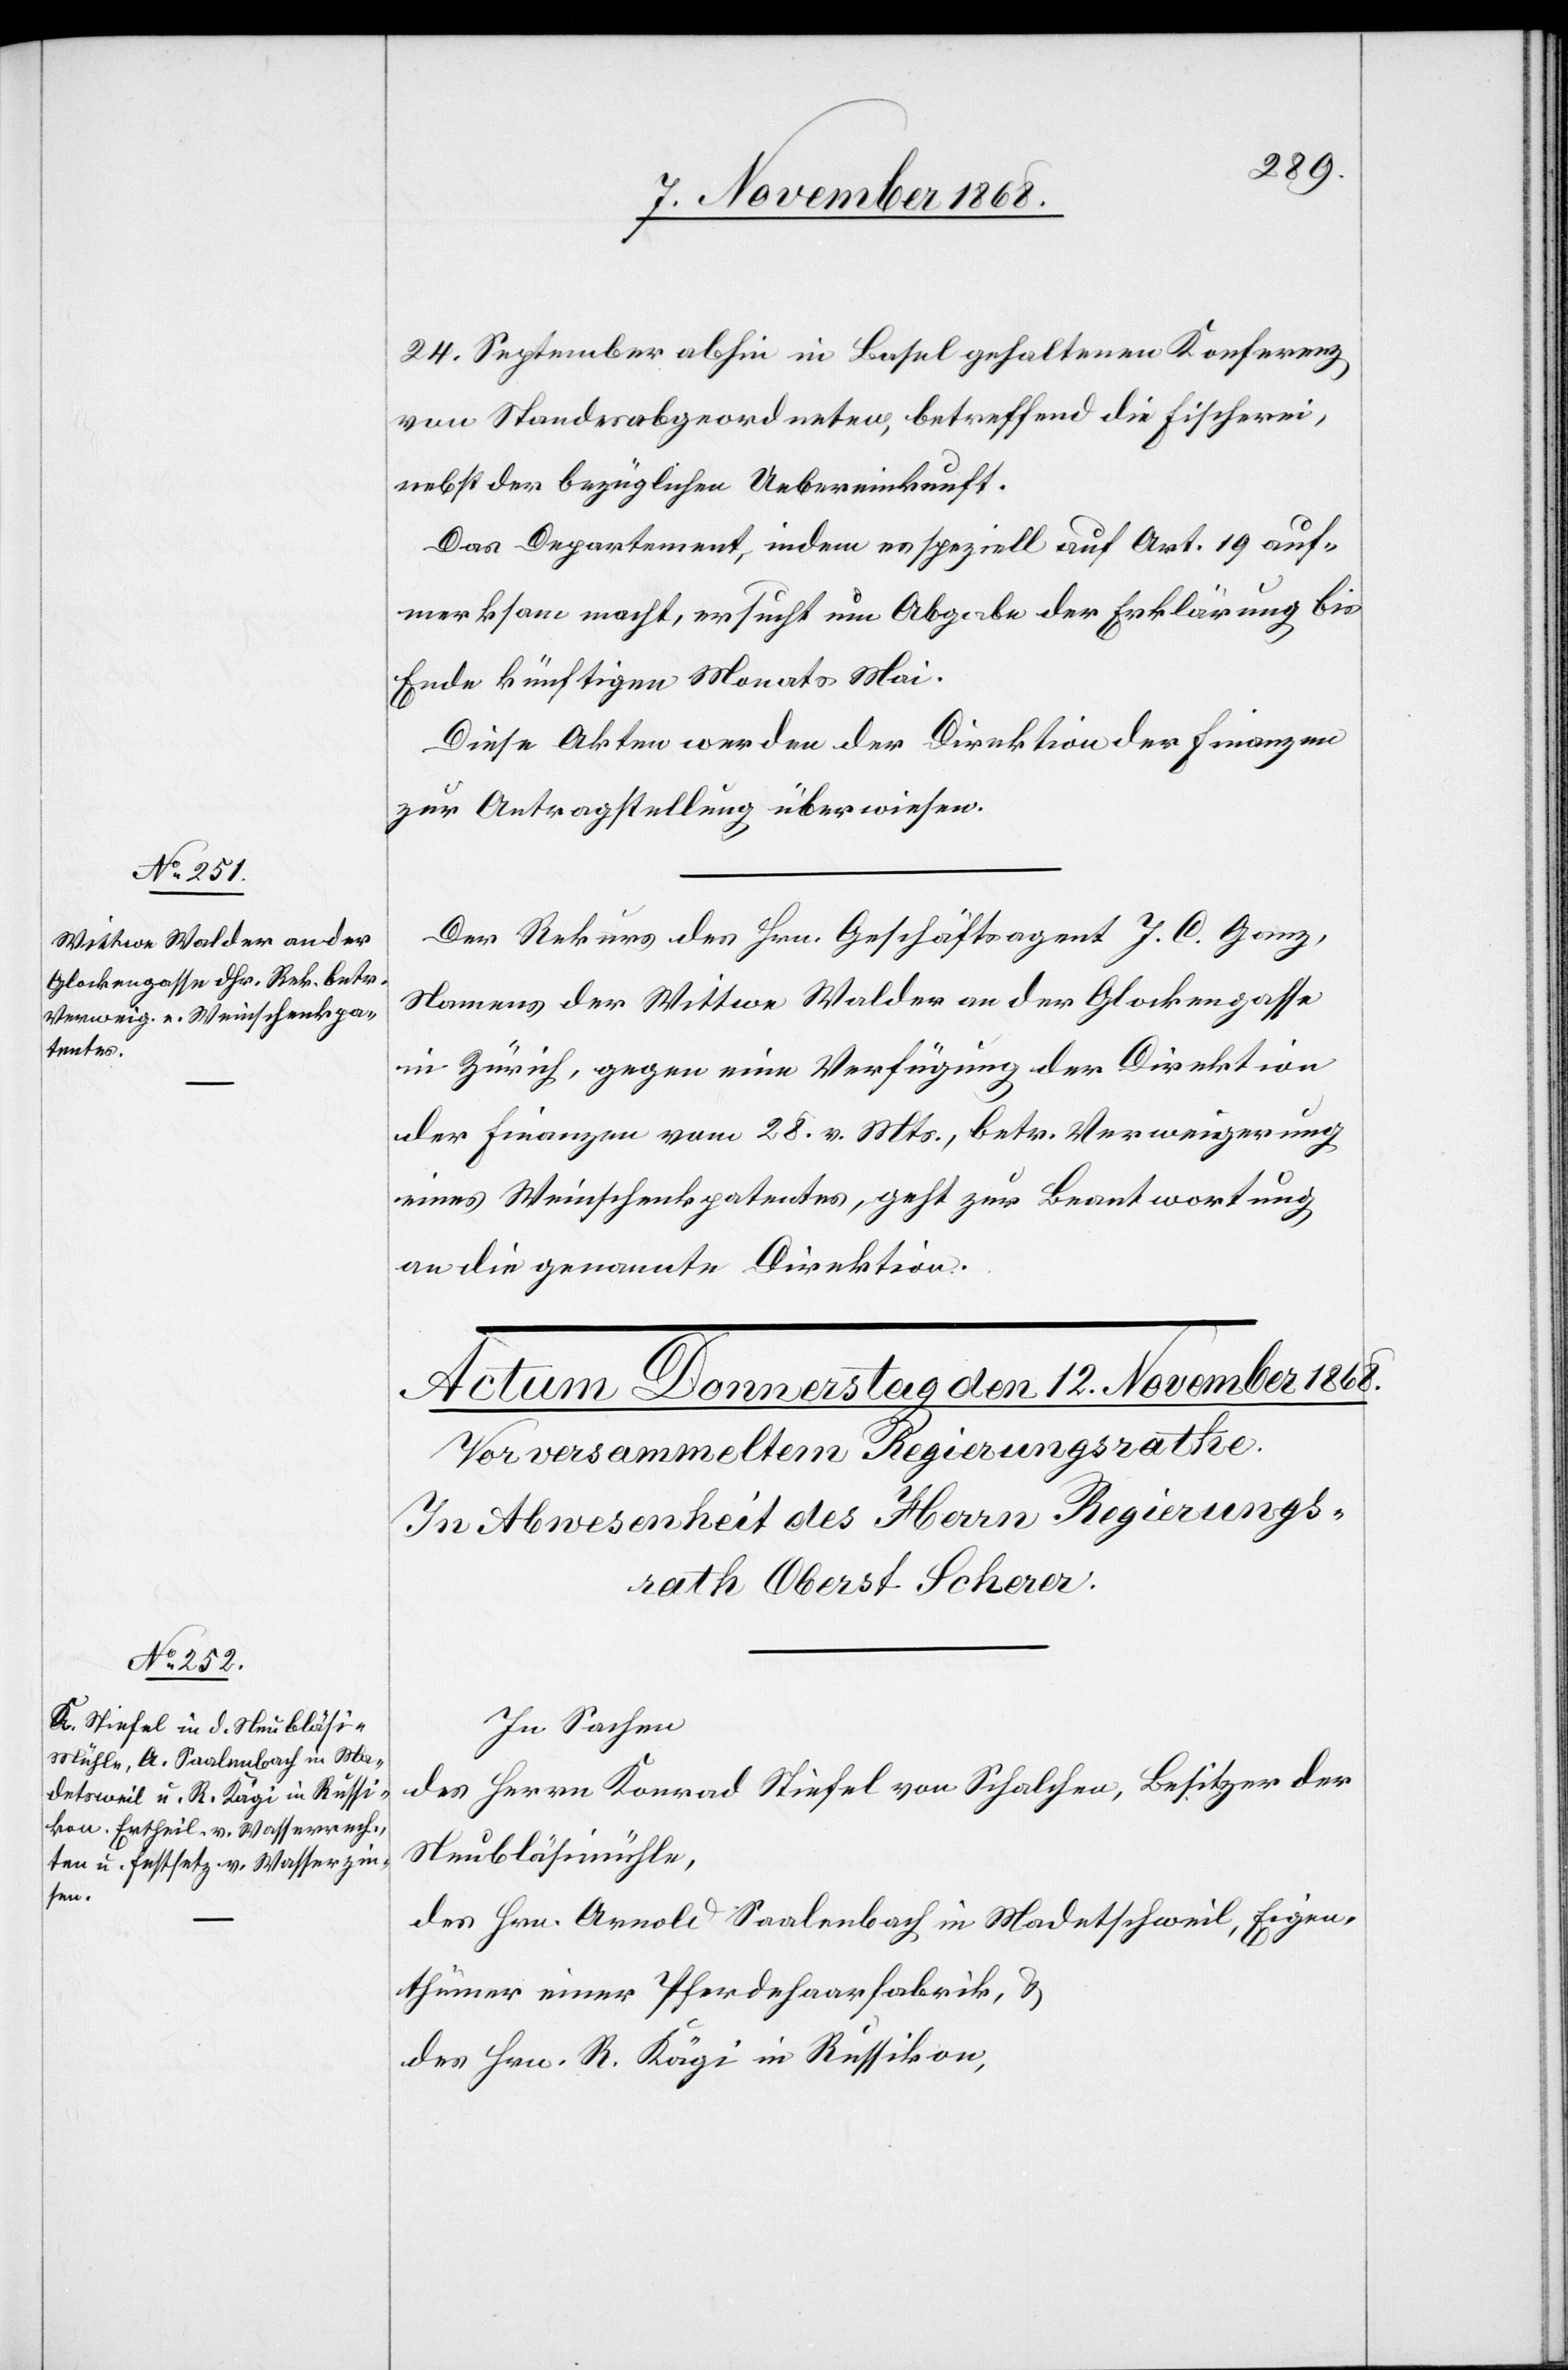
11. November 1868.]
24. September abhin in Basel gehaltenen Konferenz
von Standesabgeordneten, betreffend die Fischerei,
nebst der bezüglichen Uebereinkunft.
Das Departement, indem es speziell auf Art. 19 auf¬
merksam macht, ersucht um Abgabe der Erklärung bis
Ende künftigen Monats Mai.
Diese Akten werden der Direktion der Finanzen
zur Antragstellung überwiesen.
Der Rekurs des Hrn. Geschäftsagent J. C. Ganz,
Namens der Wittwe Walder an der Glockengasse
in Zürich, gegen eine Verfügung der Direktion
der Finanzen vom 28. v. Mts., betr. Verweigerung
eines Weinschenkpatentes, geht zur Beantwortung
an die genannte Direktion.
In Sachen
des Herrn Konrad Stiefel von Schalchen, Besitzer der
Neubläsimühle,
des Hrn. Arnold Saalenbach in Madetschweil, Eigen¬
thümer einer Pferdehaarfabrik, &
des Hrn. R. Kägi in Russikon,